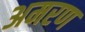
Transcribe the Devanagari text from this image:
अमरण